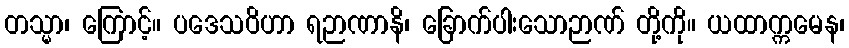
တသ္မာ၊ ကြောင့်။ ပဒေသဝိဟာ ရဉာဏာနိ၊ ခြောက်ပါးသောဉာဏ် တို့ကို။ ယထာက္ကမေန၊